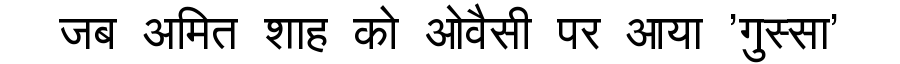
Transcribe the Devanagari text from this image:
जब अमित शाह को ओवैसी पर आया 'गुस्सा'